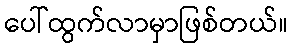
ပေါ်ထွက်လာမှာဖြစ်တယ်။